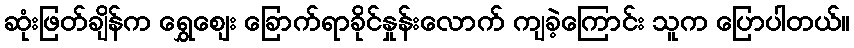
ဆုံးဖြတ်ချိန်က ရွှေဈေး ခြောက်ရာခိုင်နှုန်းလောက် ကျခဲ့ကြောင်း သူက ပြောပါတယ်။